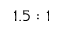
1 . 5 : 1